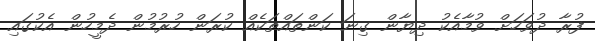
ފުރާ ދުވަހަށް ވުމާއެކު ދިޔާން ގިނަ ކަންތައްތަކެއް ކުރަން ހުރުމުން ދެމީހުން އެކުގައި